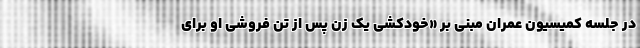
در جلسه کمیسیون عمران مبنی بر «خود‌کشی یک زن پس از تن فروشی او برای